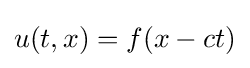
u(t,x)=f(x-ct)